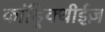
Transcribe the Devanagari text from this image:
कांड्रिक्थीईज़